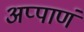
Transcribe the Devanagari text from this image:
अप्पाणं